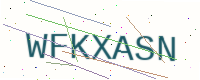
Text: WFKXASN